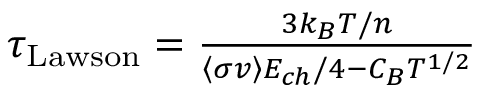
\begin{array} { r } { \tau _ { \mathrm { L a w s o n } } = \frac { 3 k _ { B } T / n } { \left\langle \sigma v \right\rangle E _ { c h } / 4 - C _ { B } T ^ { 1 / 2 } } } \end{array}